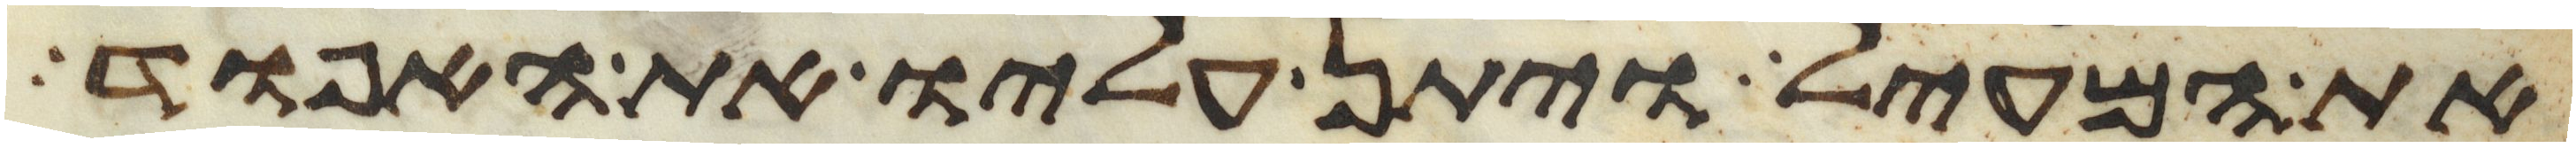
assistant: את המעיל ויתן עליו את האפוד